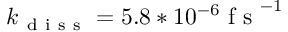
k _ { \mathrm { ~ d ~ i ~ s ~ s ~ } } = 5 . 8 * 1 0 ^ { - 6 } \mathrm { ~ f ~ s ~ } ^ { - 1 }